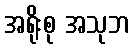
အရိုးစု အသုဘ